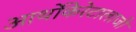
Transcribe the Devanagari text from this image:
आर्थोकेरेटालाजी